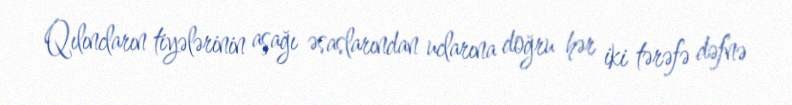
Qılıncların tiyələrinin aşağı əsaslarından uclarına doğru hər iki tərəfə dəfnə